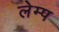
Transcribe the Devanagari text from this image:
लेम्प